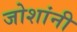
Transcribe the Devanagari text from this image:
जोशांनी